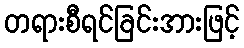
တရားစီရင်ခြင်းအားဖြင့်